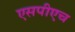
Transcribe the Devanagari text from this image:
एसपीएच